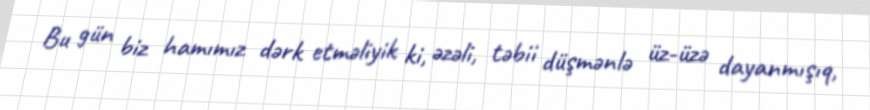
Bu gün biz hamımız dərk etməliyik ki, əzəli, təbii düşmənlə üz-üzə dayanmışıq,